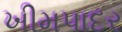
ખીમપાદર